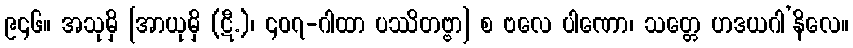
၉၄၆။ အသုမှိ [အာယုမှိ (ဋီ.)၊ ၄၀၇-ဂါထာ ပဿိတဗ္ဗာ] စ ဗလေ ပါဏော၊ သတ္တေ ဟဒယဂါ’နိလေ။